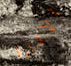
الاشارة